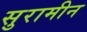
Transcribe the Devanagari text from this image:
सुरामीन